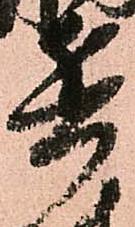
兵